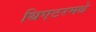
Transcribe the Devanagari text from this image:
थिएटरमधे